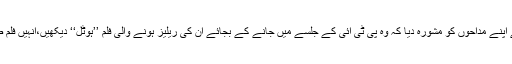
اس موقع پر میرا نے اپنے مداحوں کو مشورہ دیا کہ وہ پی ٹی آئی کے جلسے میں جانے کے بجائے ان کی ریلیز ہونے والی فلم ’’ہوٹل‘‘ دیکھیں،انہیں فلم ضرور پسند آئے گی۔